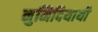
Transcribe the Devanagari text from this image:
नुमिदियायी